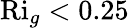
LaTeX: \mathrm{Ri}_{g}<0.25